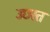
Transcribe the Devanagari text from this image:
उछरत